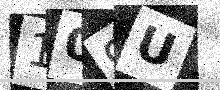
Text: 109U